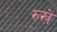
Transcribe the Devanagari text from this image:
रुखे